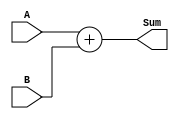
module Adder (
   input [7:0] A,
   input [7:0] B,
   output reg [8:0] Sum
);

always @(A or B)
begin
   Sum = {1'b0, A} + {1'b0, B};
end

endmodule